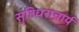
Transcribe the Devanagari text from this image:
सृष्टिधराचार्य